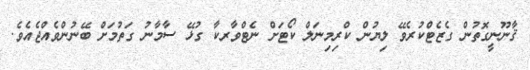
ޤާނޫނީގޮތުން ގެޒެޓްކުރެވޭ ލިޔުން ކްރިމިނަލް ކޯޓަށް ނެޓްވާރކާ ގުޅޭ ސާމާނު ގަތުމަށް ބޭނުންވެއްޖެއެވެ.